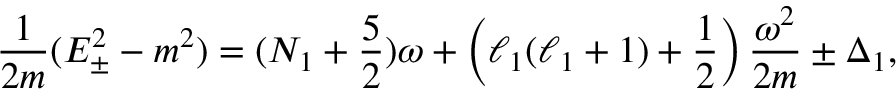
{ \frac { 1 } { 2 m } } ( E _ { \pm } ^ { 2 } - m ^ { 2 } ) = ( N _ { 1 } + { \frac { 5 } { 2 } } ) \omega + \left( \ell _ { 1 } ( \ell _ { 1 } + 1 ) + { \frac { 1 } { 2 } } \right) { \frac { \omega ^ { 2 } } { 2 m } } \pm \Delta _ { 1 } ,